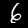
Label: 6